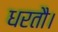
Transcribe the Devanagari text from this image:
धरतौ।